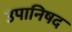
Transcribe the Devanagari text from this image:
उपानिषद